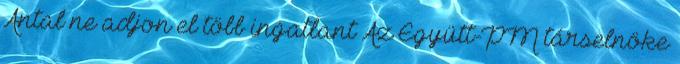
Antal ne adjon el több ingatlant Az Együtt-PM társelnöke